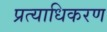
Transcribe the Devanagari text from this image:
प्रत्याधिकरण